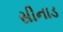
સીનાડ